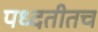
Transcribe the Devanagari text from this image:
पध्दतीतच